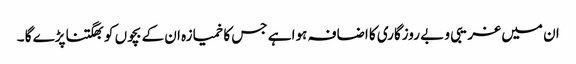
ان میں غریبی و بے روزگاری کا اضافہ ہوا ہے جس کا خمیازہ ان کے بچوں کو بھگتنا پڑے گا ۔